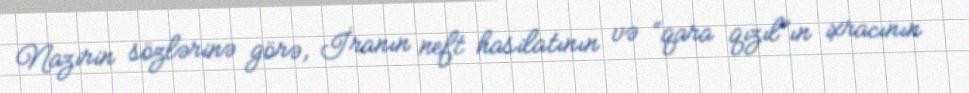
Nazirin sözlərinə görə, İranın neft hasilatının və “qara qızıl”ın ixracının